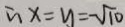
\therefore x = y = - \sqrt { 1 0 }